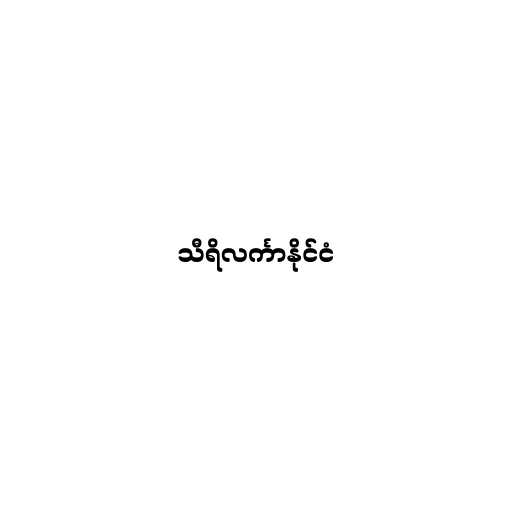
သီရိလင်္ကာနိုင်ငံ